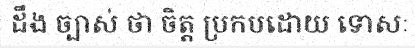
ដឹង ច្បាស់ ថា ចិត្ត ប្រកបដោយ ទោសៈ